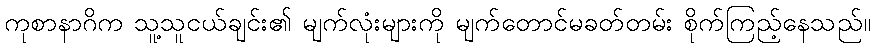
ကုစာနာဂိက သူ့သူငယ်ချင်း၏ မျက်လုံးများကို မျက်တောင်မခတ်တမ်း စိုက်ကြည့်နေသည်။